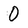
Character: 0